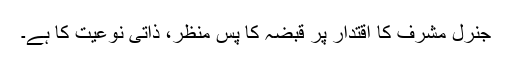
جنرل مشرف کا اقتدار پر قبضہ کا پس منظر، ذاتی نوعیت کا ہے۔